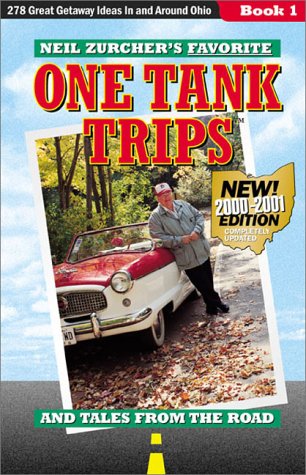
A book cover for Neil Zurcher's Favorite One Tank Trips, 2nd Edition; Neil Zurcher; Travel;